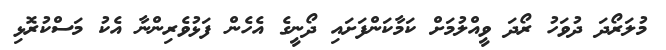
މުލަރޯދަ ދުވަހު ރޯދަ ވީއްލުމަށް ކަމާކަންފަށައި ދޯނީގެ އެހެން ފަޅުވެރިންނާ އެކު މަސްކުރޮޅި